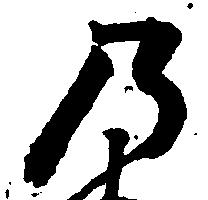
乃